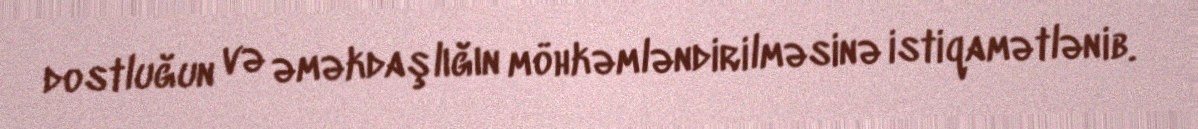
dostluğun və əməkdaşlığın möhkəmləndirilməsinə istiqamətlənib.